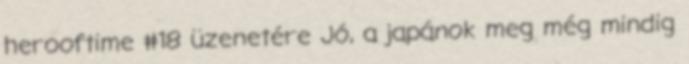
herooftime #18 üzenetére Jó, a japánok meg még mindig